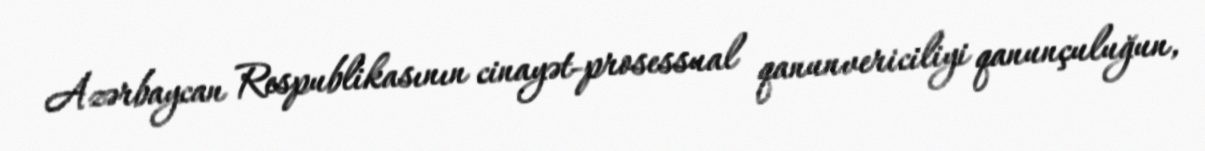
Azərbaycan Respublikasının cinayət-prosessual qanunvericiliyi qanunçuluğun,